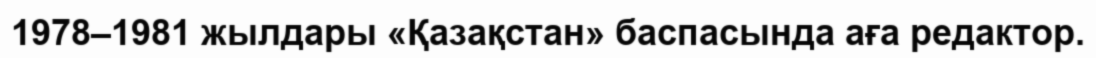
1978–1981 жылдары «Қазақстан» баспасында аға редактор.